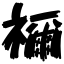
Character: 禰